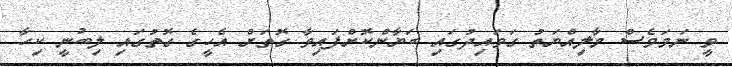
ވީ ނަމަވެސް މާލިއްޔަތު ގަވައިދުގައި ބަޔާންކޮށްފައިވާ ގޮތަށް އެހީގެ ގޮތުގައި ލިބުނީ ކިހާ